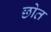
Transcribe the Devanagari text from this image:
छोत